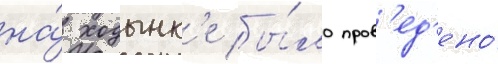
на́ ходынк'е бы́ло пров'ед'ено́